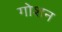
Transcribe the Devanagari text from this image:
गोशन